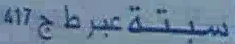
سبتة عبر ج17